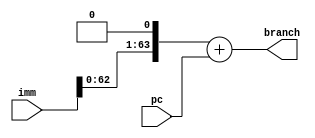
module branch_pc(imm,pc,branch);
input [63:0] imm,pc;
output [63:0] branch;
wire [63:0] left;
assign left = imm<<1;
assign branch = left+pc;

endmodule
/*
module tb();
reg [63:0] imm,pc;
wire [63:0] branch;
 branch_pc p(imm,pc,branch);
 initial begin
     $monitor($time," . imm: %d,pc :%d ,output  :%d",imm,pc,branch);
     #5 imm=2;pc=20; 
     #5 imm=100;pc=40;
 end

endmodule
*/